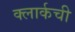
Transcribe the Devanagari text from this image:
क्‍लार्कची